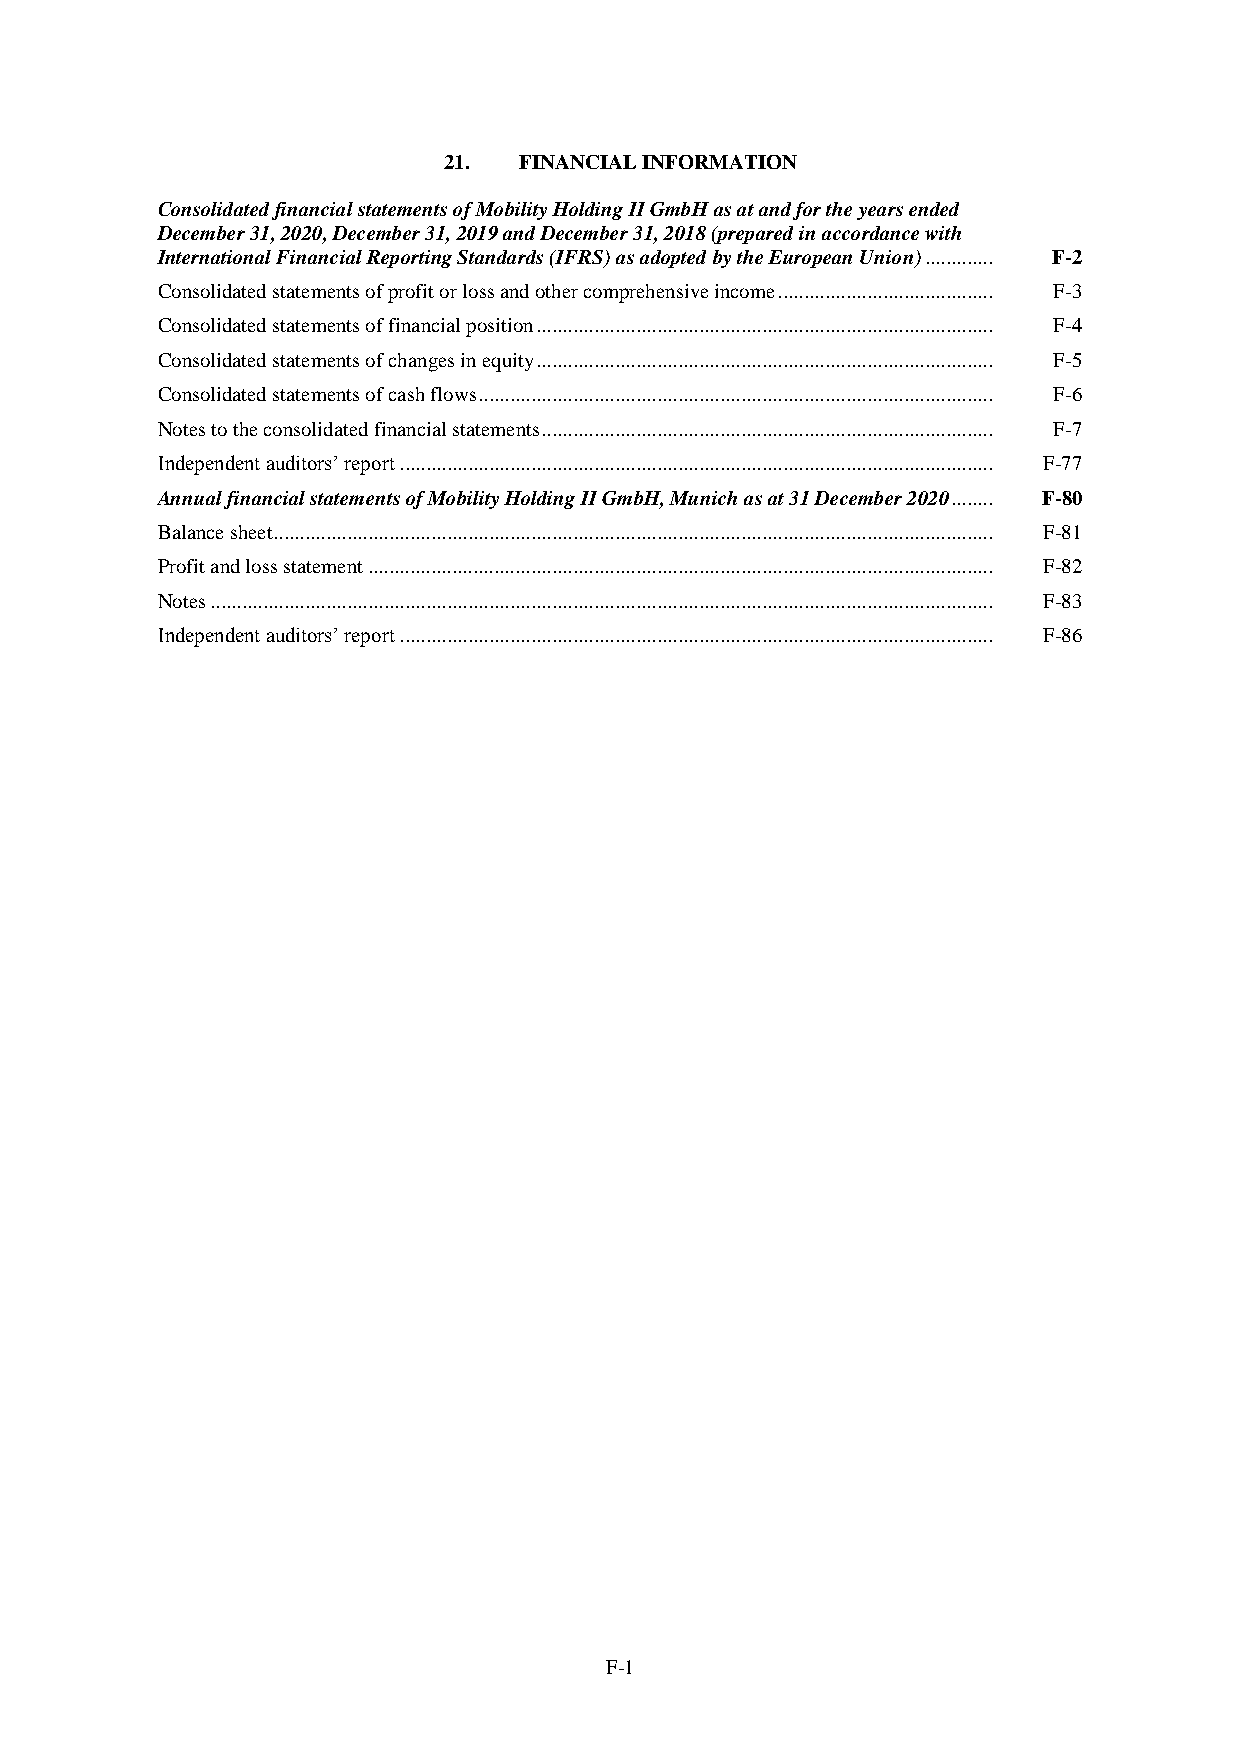
21.  FINANCIAL INFORMATION
 Consolidated financial statements of Mobility Holding II GmbH as at and for the years ended
 December 31, 2020, December 31, 2019 and December 31, 2018 (prepared in accordance with
 International Financial Reporting Standards (IFRS) as adopted by the European Union) ............. F-2
 Consolidated statements of profit or loss and other comprehensive income ......................................... F-3
 Consolidated statements of financial position ....................................................................................... F-4
 Consolidated statements of changes in equity ....................................................................................... F-5
 Consolidated statements of cash flows .................................................................................................. F-6
 Notes to the consolidated financial statements ...................................................................................... F-7
 Independent auditors’ report ................................................................................................................. F-77
 Annual financial statements of Mobility Holding II GmbH, Munich as at 31 December 2020 ........ F-80
 Balance sheet ......................................................................................................................................... F-81
 Profit and loss statement ....................................................................................................................... F-82
 Notes ..................................................................................................................................................... F-83
 Independent auditors’ report ................................................................................................................. F-86
 F-1